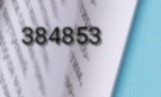
384853